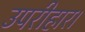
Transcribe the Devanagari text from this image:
उपरीहार।